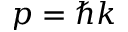
p = \hbar k